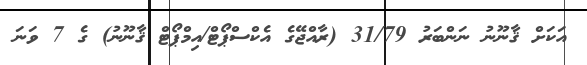
އަކަށް ޤާނޫނު ނަންބަރު 31/79 (ރާއްޖޭގެ އެކްސްޕޯޓް/އިމްޕޯޓް ޤާނޫނު) ގެ 7 ވަނަ